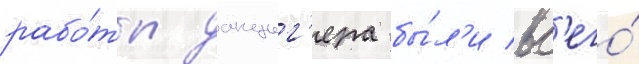
рабо́ты данциг'ера бы́л'и вс'его́